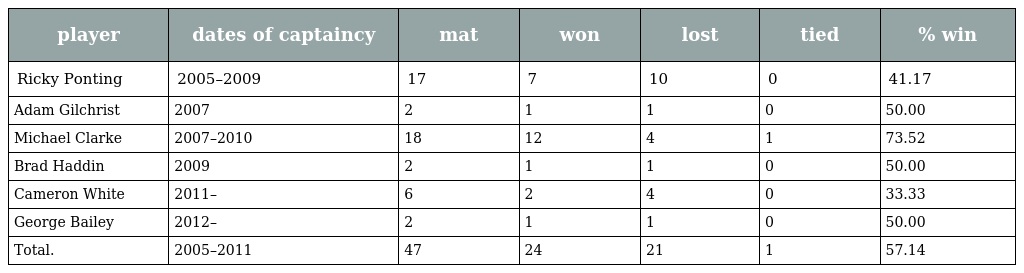
| player | dates of captaincy | mat | won | lost | tied | % win |
 | --- | --- | --- | --- | --- | --- | --- |
 | Ricky Ponting | 2005–2009 | 17 | 7 | 10 | 0 | 41.17 |
 | Adam Gilchrist | 2007 | 2 | 1 | 1 | 0 | 50.00 |
 | Michael Clarke | 2007–2010 | 18 | 12 | 4 | 1 | 73.52 |
 | Brad Haddin | 2009 | 2 | 1 | 1 | 0 | 50.00 |
 | Cameron White | 2011– | 6 | 2 | 4 | 0 | 33.33 |
 | George Bailey | 2012– | 2 | 1 | 1 | 0 | 50.00 |
 | Total. | 2005–2011 | 47 | 24 | 21 | 1 | 57.14 |